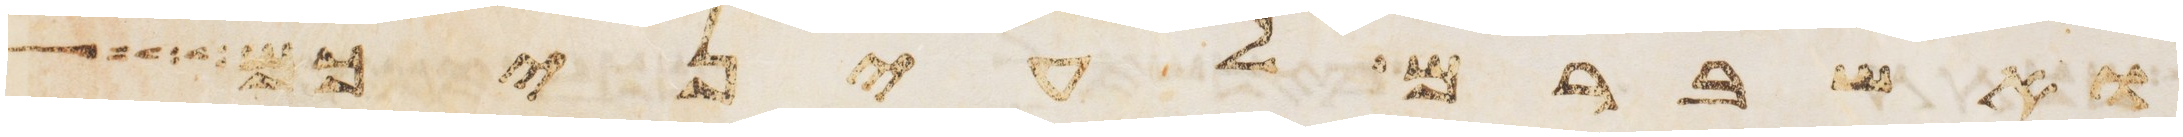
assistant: ואשברם לעיניכם